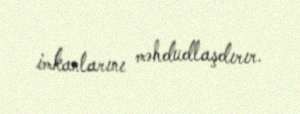
imkanlarını məhdudlaşdırır.